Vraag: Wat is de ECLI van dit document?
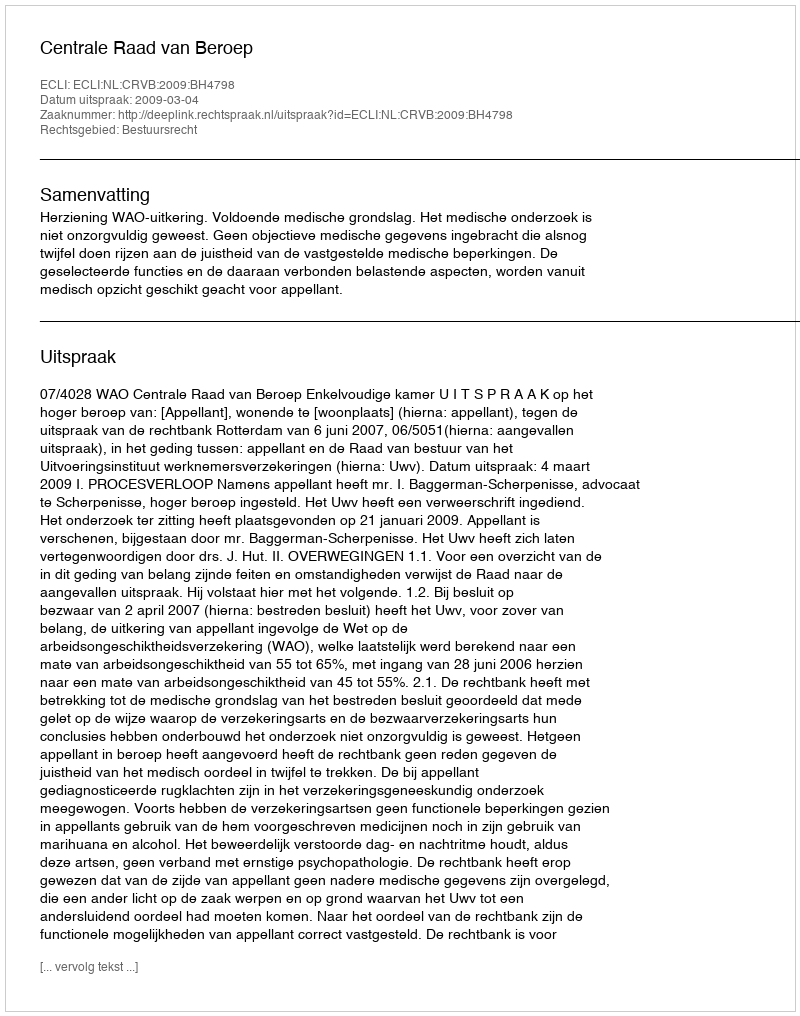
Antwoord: ECLI:NL:CRVB:2009:BH4798